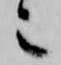
也